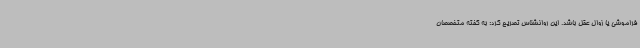
فراموشی یا زوال عقل باشد. این روانشناس تصریح کرد: به گفته متخصصان